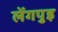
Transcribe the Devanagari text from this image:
लेंगपुइ